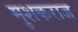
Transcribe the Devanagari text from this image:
मुशकराज